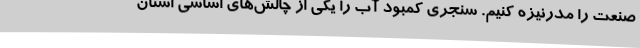
صنعت را مدرنیزه کنیم. سنجری کمبود آب را یکی از چالش‌های اساسی استان